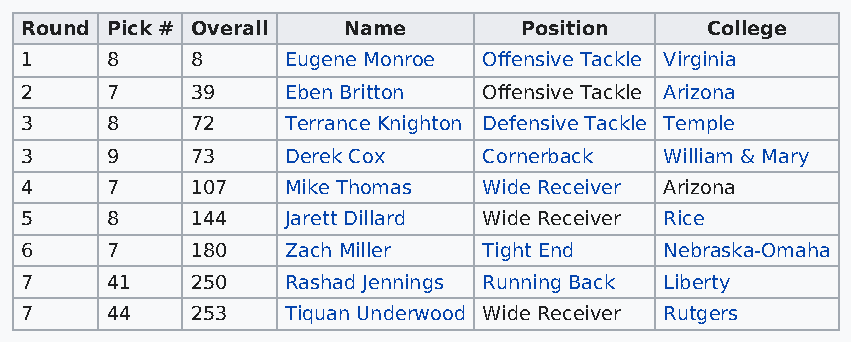
Round Pick # Overall  Name       Position     College
 1     8     8     Eugene Monroe Offensive Tackle Virginia
 2     7     39    Eben Britton Offensive Tackle Arizona
 3     8     72    Terrance Knighton Defensive Tackle Temple
 3     9     73    Derek Cox    Cornerback  William & Mary
 4     7     107   Mike Thomas  Wide Receiver Arizona
 5     8     144   Jarett Dillard Wide Receiver Rice
 6     7     180   Zach Miller  Tight End   Nebraska-Omaha
 7     41    250   Rashad Jennings Running Back Liberty
 7     44    253   Tiquan Underwood Wide Receiver Rutgers